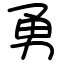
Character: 勇